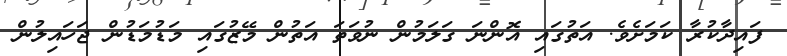
ފައިދާކުރާ ކަމަށެވެ. އަތުގައި އޮންނަ ގަލަމުން ނުވަތަ އަތުން މޭޒުގައި މަޑުމަޑުން ޖަހައިލުން